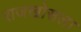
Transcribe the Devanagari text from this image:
राजखोसला